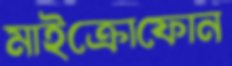
মাইক্রোফোন